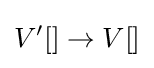
V^{\prime }[]\to V[]